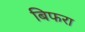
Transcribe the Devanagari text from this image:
बिफरा